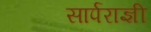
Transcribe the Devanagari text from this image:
सार्पराज्ञी